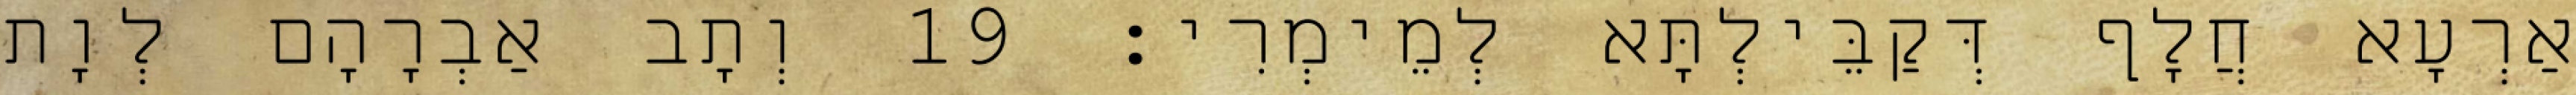
אַרְעָא חֲלָף דְּקַבֵּילְתָּא לְמֵימְרִי׃ 19 וְתָב אַבְרָהָם לְוָת